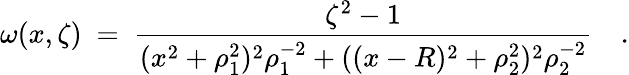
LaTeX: \omega(x,\zeta)~=~{\frac{\zeta^{2}-1}{(x^{2}+\rho_{1}^{2})^{2}\rho_{1}^{-2}+((x-R)^{2}+\rho_{2}^{2})^{2}\rho_{2}^{-2}}}~~~~.